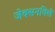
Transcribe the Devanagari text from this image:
जेक्सनविले